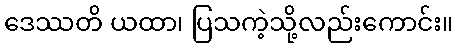
ဒေဿတိ ယထာ၊ ပြသကဲ့သို့လည်းကောင်း။